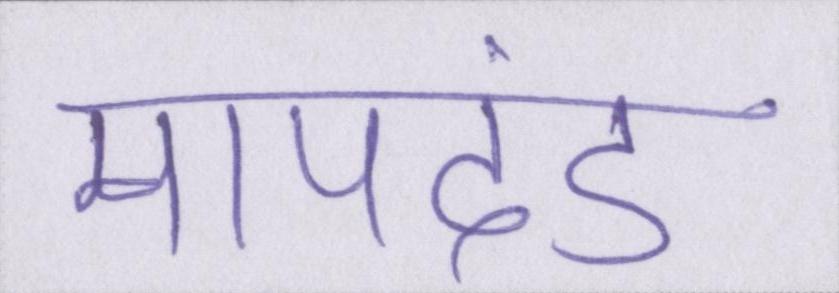
मापदंड